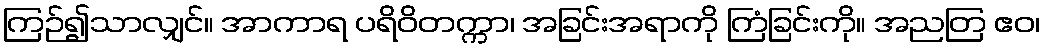
ကြဉ်၍သာလျှင်။ အာကာရ ပရိဝိတက္ကာ၊ အခြင်းအရာကို ကြံခြင်းကို။ အညတြ ဧဝ၊